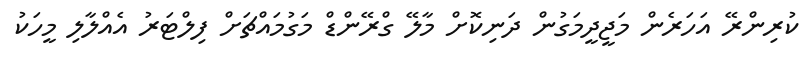
ކުރިންރޭ އަހަރެން މަޖީދީމަގުން ދަނިކޮށް މާލޭ ގްރޭންޑް މަގުމައްޗަށް ފިލްޓަރު އެއްލާލި މީހަކު